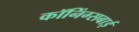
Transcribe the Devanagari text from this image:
कॉनिंग्सबाई